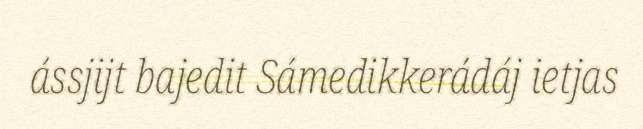
ássjijt bajedit Sámedikkerádáj ietjas